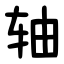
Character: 轴